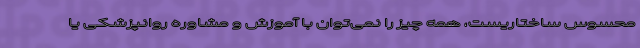
محسوس ساختاریست، همه چیز را نمی‌توان با آموزش و مشاوره روانپزشکی یا